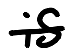
Text: is
Cross-out: single-line
Writing tool: digital_black